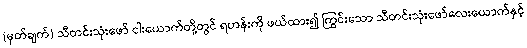
(မှတ်ချက်) သီတင်းသုံးဖော် ငါးယောက်တို့တွင် ရဟန်းကို ဖယ်ထား၍ ကြွင်းသော သီတင်းသုံးဖော်လေးယောက်နှင့်